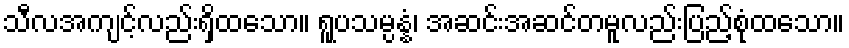
သီလအကျင့်လည်းရှိထသော။ ရူပသမ္ပန္နံ၊ အဆင်းအဆင်တမူလည်းပြည့်စုံထသော။